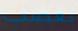
بغضب